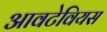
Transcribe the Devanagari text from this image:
आवटेवियस